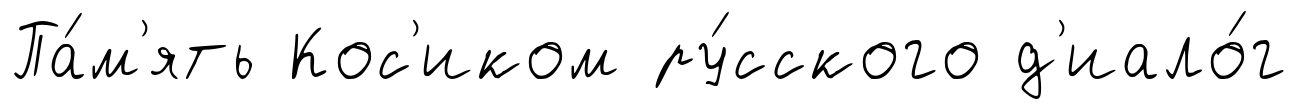
Па́м'ять Кос'иком ру́сского д'иало́г